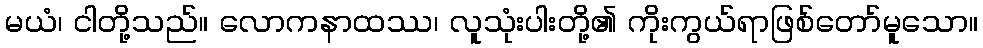
မယံ၊ ငါတို့သည်။ လောကနာထဿ၊ လူသုံးပါးတို့၏ ကိုးကွယ်ရာဖြစ်တော်မူသော။